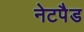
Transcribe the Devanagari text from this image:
नेटपैड